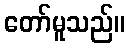
တော်မူသည်။